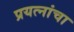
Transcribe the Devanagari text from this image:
प्रयत्‍नांचा